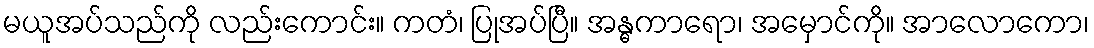
မယူအပ်သည်ကို လည်းကောင်း။ ကတံ၊ ပြုအပ်ပြီ။ အန္ဓကာရော၊ အမှောင်ကို။ အာလောကော၊